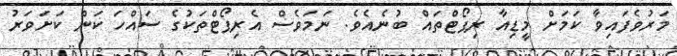
މަރުވެފައިވާ ކަމަށް މީޑިއާ ރިޕޯޓްތައް ބުނެއެވެ. ނަމަވެސް އެރިޕޯޓްތަކުގެ ސައްހަ ކަން ކަށަވަރު